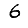
Digit: 6